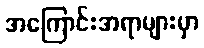
အကြောင်းအရာများမှာ